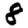
Digit: 8